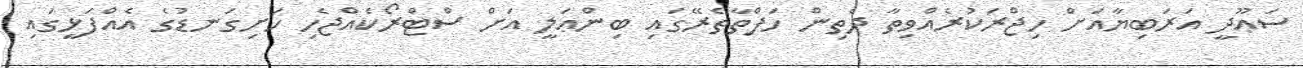
ސަޢޫދީ އަރަބިޔާއަށް ހިޖްރަކުރެއްވިތާ ދެތިން ހަފްތާތެރޭގައި ބިންޢަލީ އަށް ސްޓްރޯކެއްޖެހި ހަށިގަނޑުގެ އެއްފަޅީގައި